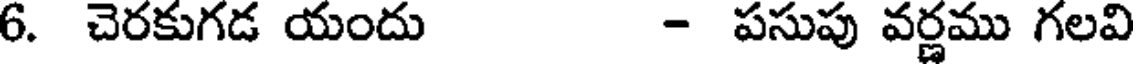
6. చెరకుగడ యందు - పసుపు వర్ణము గలవి